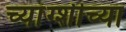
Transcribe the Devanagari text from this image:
च्यांग्शीच्या